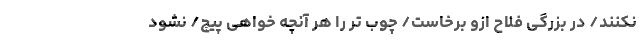
نکنند/ در بزرگی فلاح ازو برخاست/ چوب تر را هر آنچه خواهی پیچ/ نشود